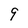
Character: 9